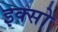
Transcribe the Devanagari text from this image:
इक्सो